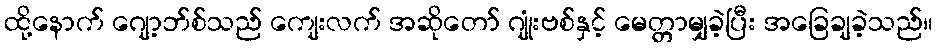
ထို့နောက် ဂျော့ဘ်စ်သည် ကျေးလက် အဆိုတော် ဂျုံးဗစ်နှင့် မေတ္တာမျှခဲ့ပြီး အခြေချခဲ့သည်။